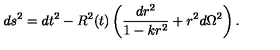
d s ^ { 2 } = d t ^ { 2 } - R ^ { 2 } ( t ) \left( \frac { d r ^ { 2 } } { 1 - k r ^ { 2 } } + r ^ { 2 } d \Omega ^ { 2 } \right) .